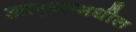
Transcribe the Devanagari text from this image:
आग्र्यामधील